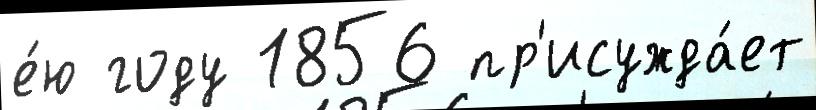
е́ю году 1856 пр'исужда́ет